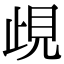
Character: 𧠛